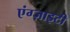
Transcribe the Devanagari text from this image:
एंग्ज़ाइटी